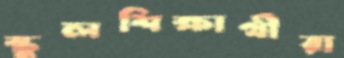
স্কুলশিক্ষার্থীরা